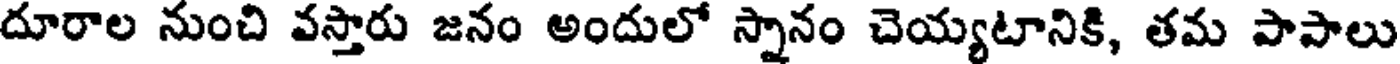
దూరాల నుంచి వస్తారు జనం అందులో స్నానం చెయ్యటానికి, తమ పాపాలు